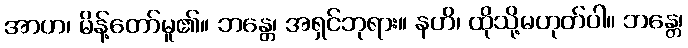
အာဟ၊ မိန့်တော်မူ၏။ ဘန္တေ၊ အရှင်ဘုရား။ နဟိ၊ ထိုသို့မဟုတ်ပါ။ ဘန္တေ၊